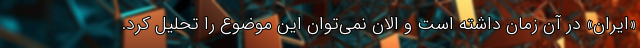
«ایران» در آن زمان داشته است و الان نمی‌توان این موضوع را تحلیل کرد.